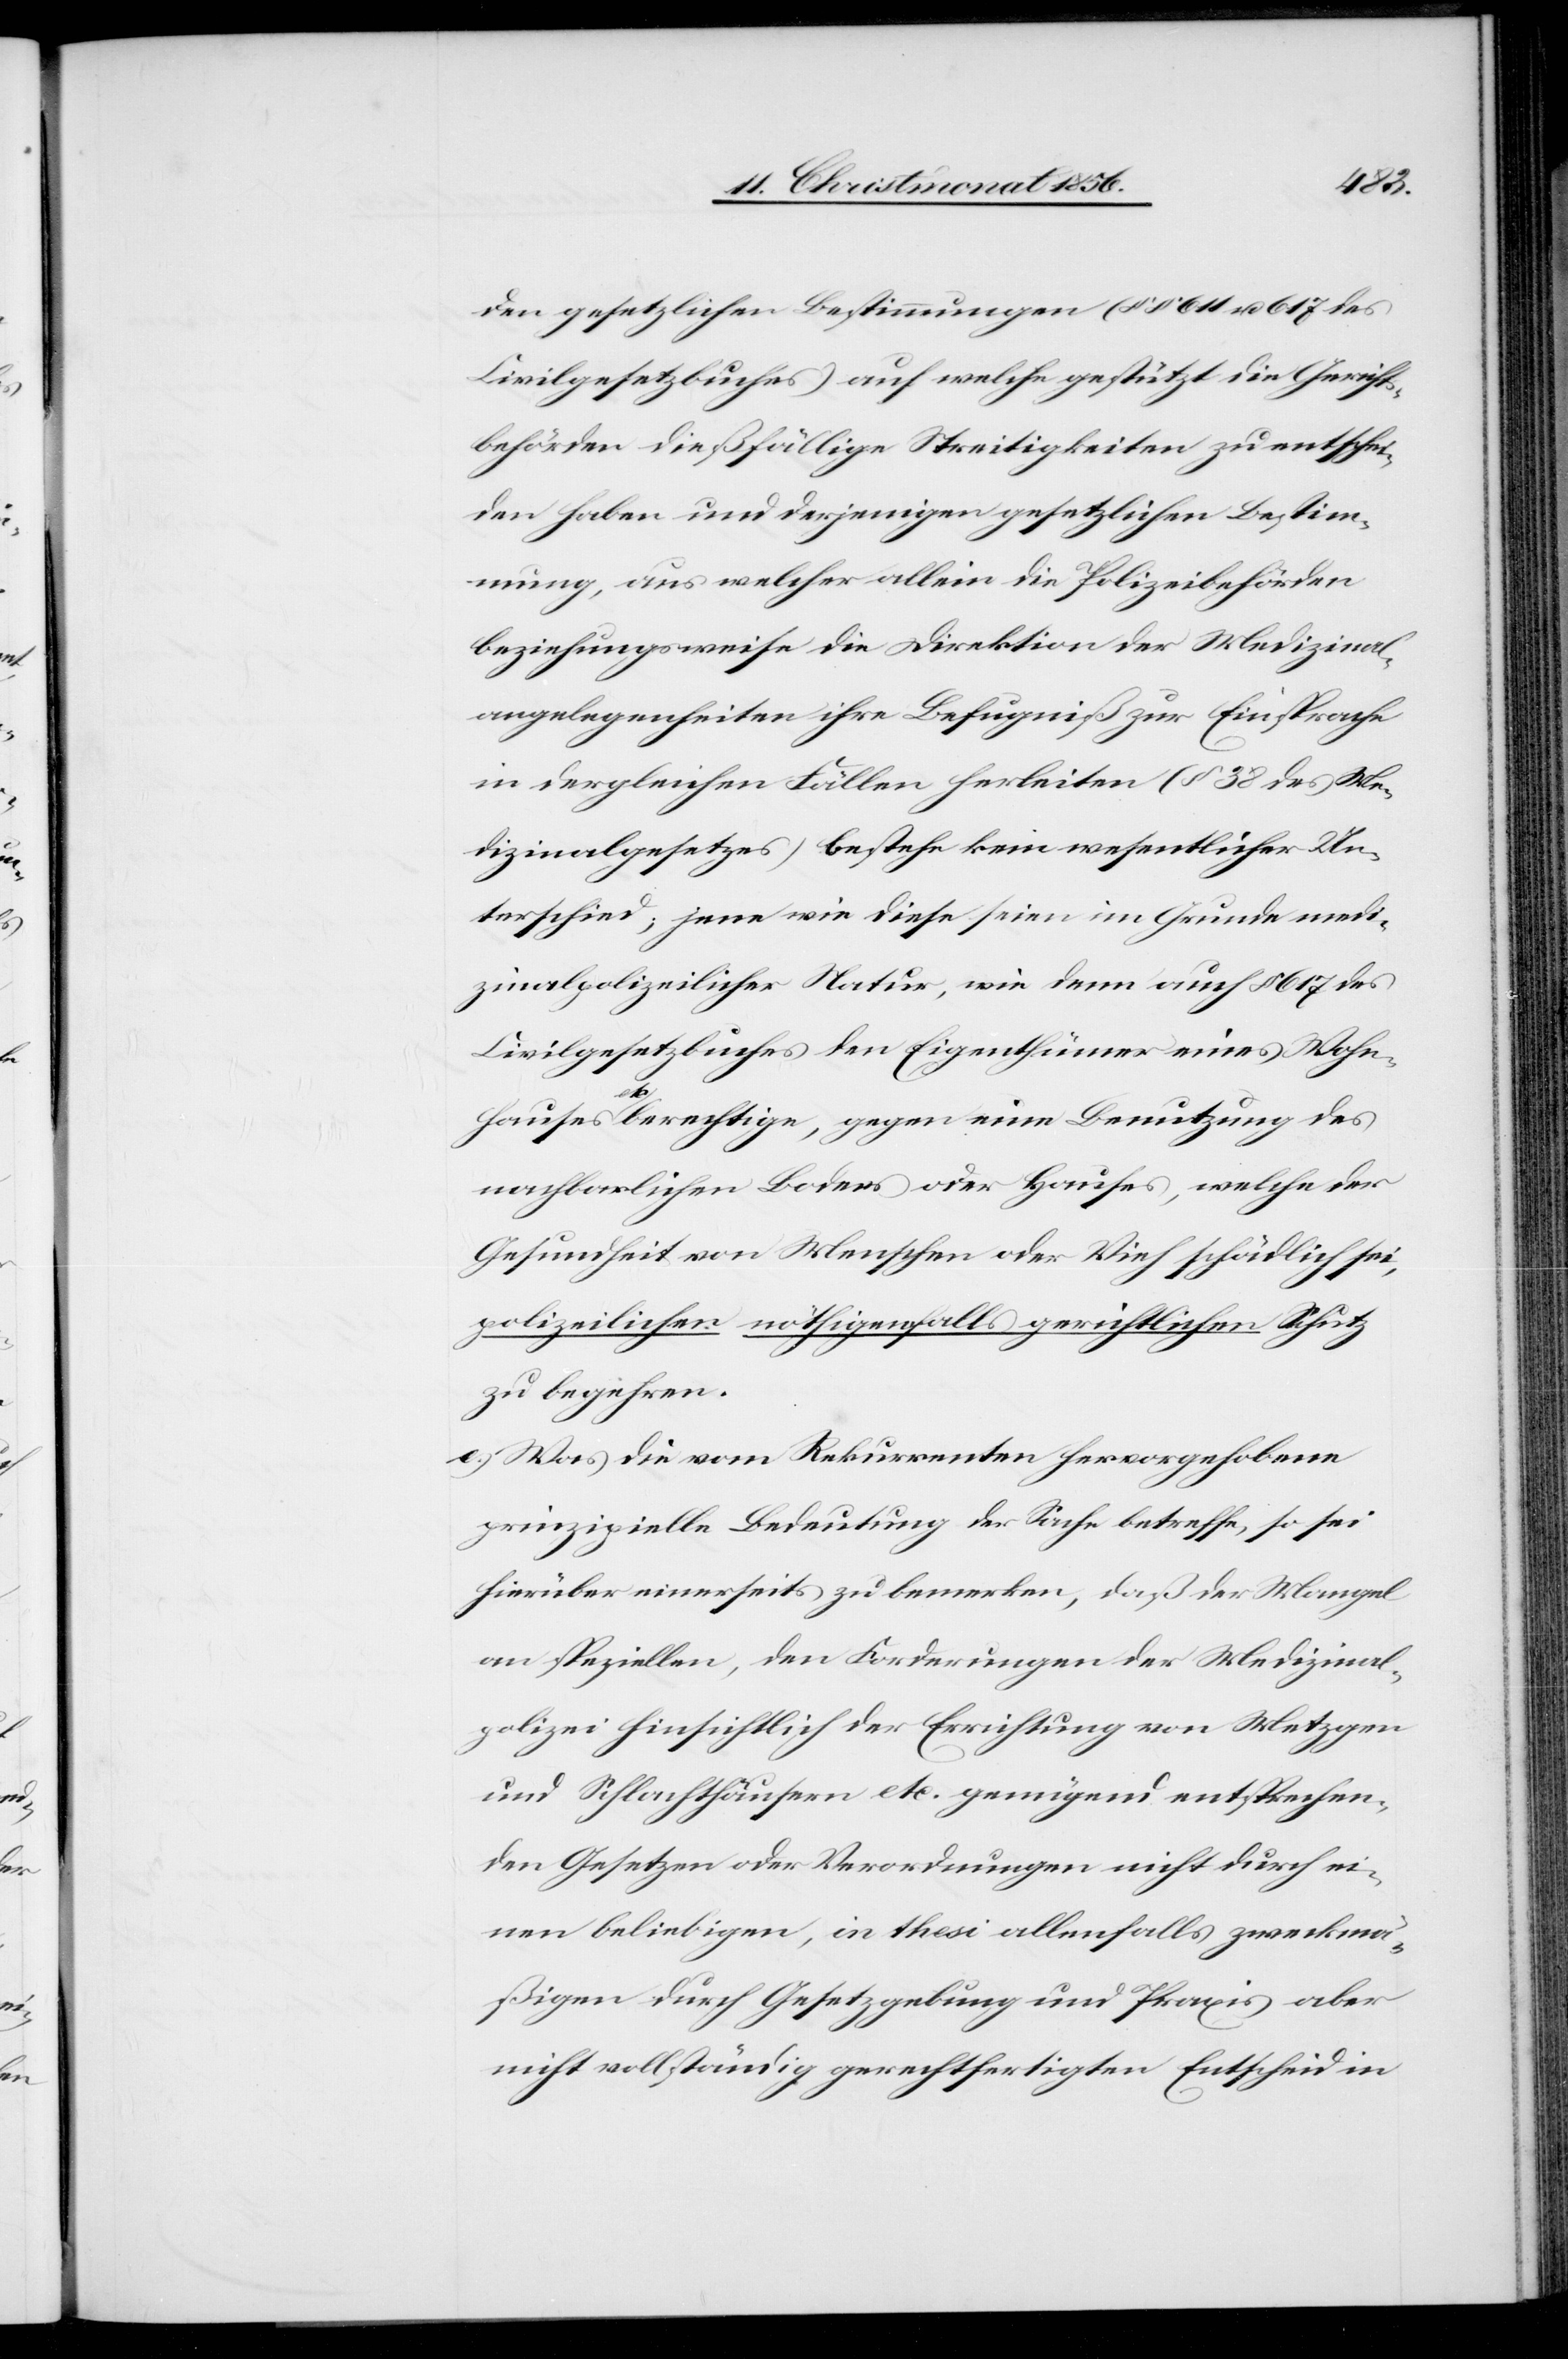
den gesetzlichen Bestimmungen (§§ 611 u.
Civilgesetzbuches) auf welche gestützt die Gerichts¬
behörden dießfällige Streitigkeiten zu entschei¬
den haben und derjenigen gesetzlichen Bestim¬
mung, aus welcher allein die Polizeibehörden
beziehungsweise die Direktion der Medizinal¬
angelegenheiten ihre Befugniß zur Einsprache
in dergleichen Fällen herleiten (§ 38 des Me¬
dizinalgesetzes) bestehe kein wesentlicher Un¬
terschied; jene wie diese seien im Grunde medi¬
zinalpolizeilicher Natur, wie denn auch § 617 des
Civilgesetzbuches den Eigenthümer eines Wohn¬
hauses a-etc-a berechtige, gegen eine Benutzung des
nachbarlichen Bodens oder Hauses, welche der
Gesundheit von Menschen oder Vieh schädlich sei,
polizeilichen nöthigenfalls gerichtlichen Schutz
zu begehren.
e.) Was die vom Rekurrenten hervorgehobene
prinzipielle Bedeutung der Sache betreffe, so sei
hierüber einerseits zu bemerken, daß der Mangel
an speziellen, den Forderungen der Medizinal¬
polizei hinsichtlich der Errichtung von Metzgen
und Schlachthäusern etc. genügend entsprechen¬
den Gesetzen oder Verordnungen nicht durch ei¬
nen beliebigen, in thesi allenfalls zweckmä¬
ßigen durch Gesetzgebung und Praxis aber
nicht vollständig gerechtfertigten Entscheid in